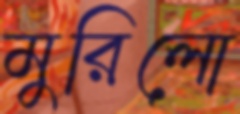
মুরিলো